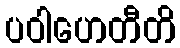
ပဝါဟေတီတိ